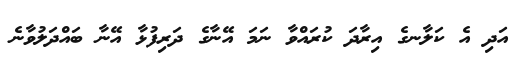
އަދި އެ ކަލާނގެ އިރާދަ ކުރައްވާ ނަމަ އޭނާގެ ދަރިފުޅާ އޭނާ ބައްދަލުވާނެ